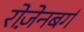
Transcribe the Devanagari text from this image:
रोज़ेनबर्ग